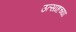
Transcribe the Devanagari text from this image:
उत्साहच्या